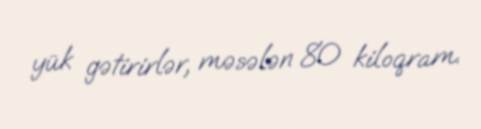
yük gətirirlər, məsələn 80 kiloqram.